Annual report of the Bengal Veterinary College and of the Civil Veterinary Department, Bengal, for the year 1911-1912 - 1911-1912
Year: 1911
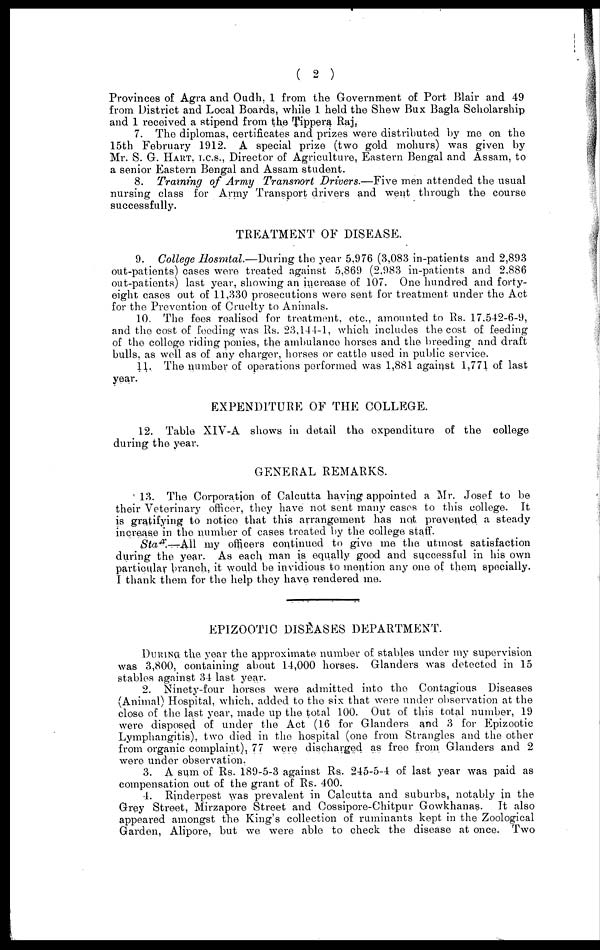
( 2 )
Provinces of Agra and Oudh, 1 from the Government of Port Blair and 49
from District and Local Boards, while 1 held the Shew Bux Bagla Scholarship
and 1 received a stipend from the Tippera Raj,
7. The diplomas, certificates and prizes were distributed by me on the
15th February 1912. A special prize (two gold mohurs) was given by
Mr. S. G. HART, T.C.S., Director of Agriculture, Eastern Bengal and Assam, to
a senior Eastern Bengal and Assam student.
8. Training of Army Transmrt Drivers.—Five men attended the usual
nursing class for Army Transport drivers and went through the course
successfully.
TREATMENT OF DISEASE.
9. College Hosmtal.—During the year 5,976 (3,083 in-patients and 2,893
out-patients) cases were treated against 5,869 (2,983 in-patients and 2,886
out-patients) last year, showing an increase of 107. One hundred and forty-
eight cases out of 11,330 prosecutions were sent for treatment under the Act
for the Prevention of Cruelty to Animals.
10. The fees realised for treatment, etc., amounted to Rs. 17,542-6-9,
and the cost of feeding was Rs. 23,144-1, which includes the cost of feeding
of the college riding ponies, the ambulance horses and the breeding and draft
bulls, as well as of any charger, horses or cattle used in public service.
11. The number of operations performed was 1,881 against 1,771 of last
year.
EXPENDITURE OF THE COLLEGE.
12. Table XIV-A shows in detail the expenditure of the college
during the year.
GENERAL REMARKS.
13. The Corporation of Calcutta having appointed a Mr. Josef to be
their Veterinary officer, they have not sent many cases to this college. It
is gratifying to notice that this arrangement has not prevented a steady
increase in the number of cases treated by the college staff.
Staff.—All my officers continued to give me the utmost satisfaction
during the year. As each man is equally good and successful in his own
particular branch, it would be invidious to mention any one of them specially.
I thank them for the help they have rendered me.
EPIZOOTIC DISEASES DEPARTMENT.
DURING the year the approximate number of stables under my supervision
was 3,800, containing about 14,000 horses. Glanders was detected in 15
stables against 34 last year.
2. Ninety-four horses were admitted into the Contagious Diseases
(Animal) Hospital, which, added to the six that were under observation at the
close of the last year, made up the total 100. Out of this total number, 19
were disposed of under the Act (16 for Glanders and 3 for Epizootic
Lymphangitis), two died in the hospital (one from Strangles and the other
from organic complaint), 77 were discharged as free from Glanders and 2
were under observation.
3. A sum of Rs. 189-5-3 against Rs. 245-5-4 of last, year was paid as
compensation out of the grant of Rs. 400.
4. Rinderpest was prevalent in Calcutta and suburbs, notably in the
Grey Street, Mirzapore Street and Cossipore-Chitpur Gowkhanas. It also
appeared amongst the King's collection of ruminants kept in the Zoological
Garden, Alipore, but we were able to check the disease at once. Two